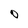
Character: O